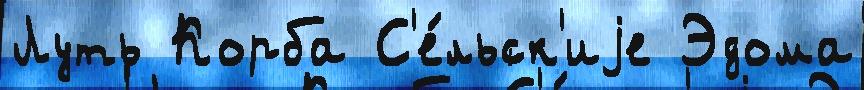
Луть Корба С'е́льск'иjе Эдома